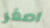
اصغر